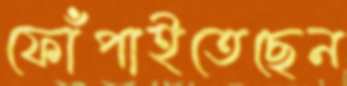
ফোঁপাইতেছেন